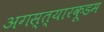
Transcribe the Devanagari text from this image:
अगस्त्यारकूडम